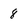
Character: 8